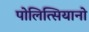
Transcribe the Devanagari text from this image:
पोलित्सियानो